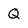
Character: Q